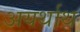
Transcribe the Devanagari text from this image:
अयर्थाथ